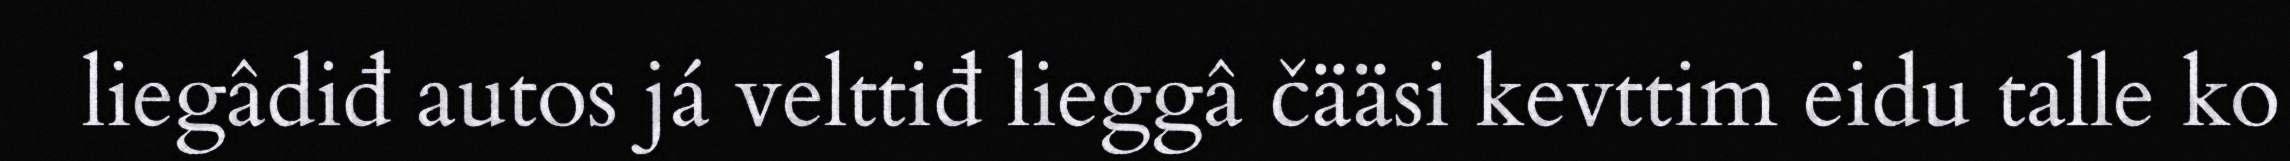
liegâdiđ autos já velttiđ lieggâ čääsi kevttim eidu talle ko